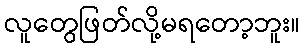
လူတွေဖြတ်လို့မရတော့ဘူး။